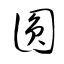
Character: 圓